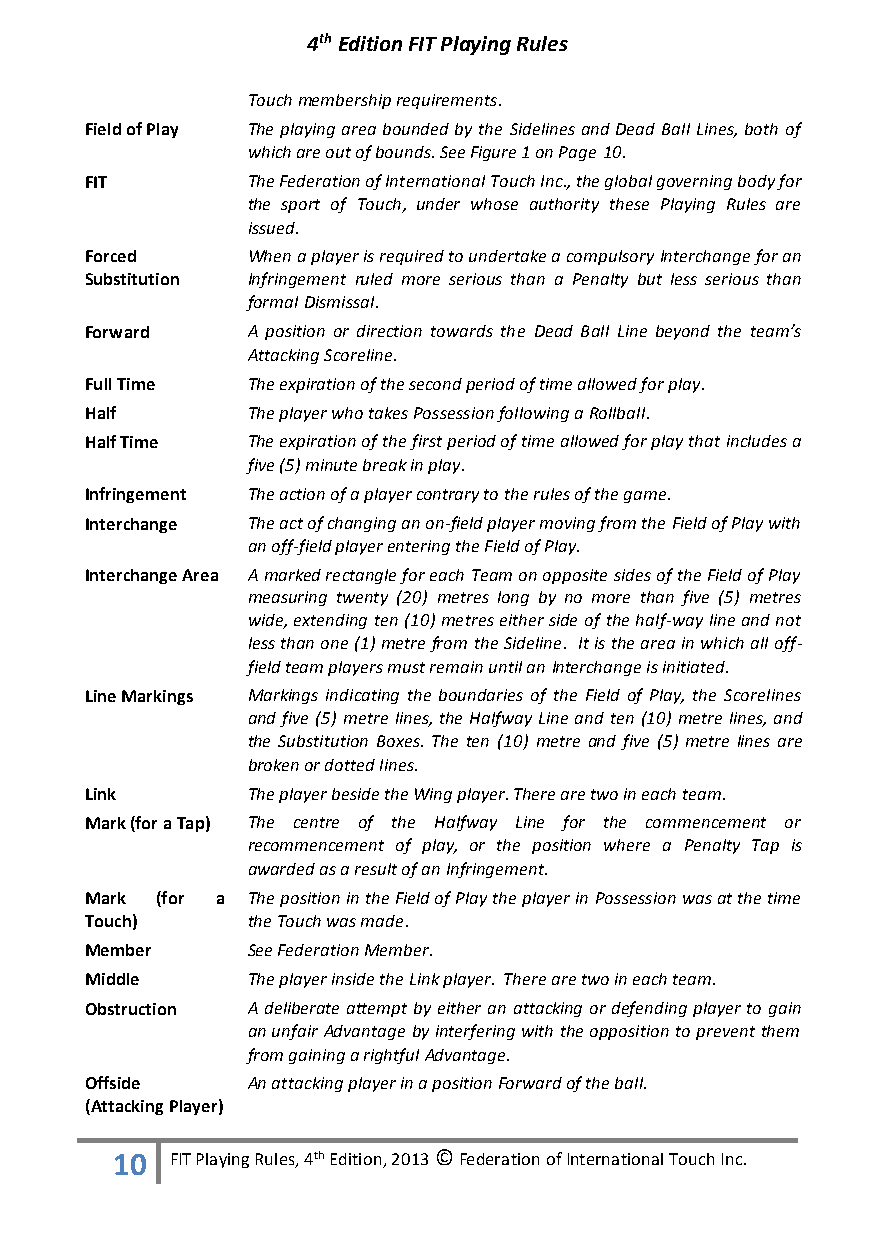
4th Edition FIT Playing Rules
 Touch membership requirements.
 Field of Play The playing area bounded by the Sidelines and Dead Ball Lines, both of
 which are out of bounds. See Figure 1 on Page 10.
 FIT       The Federation of International Touch Inc., the global governing body for
 the sport of Touch, under whose authority these Playing Rules are
 issued.
 Forced    When a player is required to undertake a compulsory Interchange for an
 Substitution Infringement ruled more serious than a Penalty but less serious than
 formal Dismissal.
 Forward   A position or direction towards the Dead Ball Line beyond the team’s
 Attacking Scoreline.
 Full Time The expiration of the second period of time allowed for play.
 Half      The player who takes Possession following a Rollball.
 Half Time The expiration of the first period of time allowed for play that includes a
 five (5) minute break in play.
 Infringement The action of a player contrary to the rules of the game.
 Interchange The act of changing an on-field player moving from the Field of Play with
 an off-field player entering the Field of Play.
 Interchange Area A marked rectangle for each Team on opposite sides of the Field of Play
 measuring twenty (20) metres long by no more than five (5) metres
 wide, extending ten (10) metres either side of the half-way line and not
 less than one (1) metre from the Sideline. It is the area in which all off-
 field team players must remain until an Interchange is initiated.
 Line Markings Markings indicating the boundaries of the Field of Play, the Scorelines
 and five (5) metre lines, the Halfway Line and ten (10) metre lines, and
 the Substitution Boxes. The ten (10) metre and five (5) metre lines are
 broken or dotted lines.
 Link      The player beside the Wing player. There are two in each team.
 Mark (for a Tap) The centre of the Halfway Line for the commencement or
 recommencement of play, or the position where a Penalty Tap is
 awarded as a result of an Infringement.
 Mark (for a The position in the Field of Play the player in Possession was at the time
 Touch)    the Touch was made.
 Member    See Federation Member.
 Middle    The player inside the Link player. There are two in each team.
 Obstruction A deliberate attempt by either an attacking or defending player to gain
 an unfair Advantage by interfering with the opposition to prevent them
 from gaining a rightful Advantage.
 Offside   An attacking player in a position Forward of the ball.
 (Attacking Player)
 10  FIT Playing Rules, 4th Edition, 2013 © Federation of International Touch Inc.